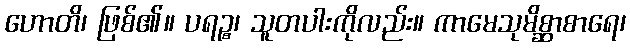
ဟောတိ၊ ဖြစ်၏။ ပရဉ္စ၊ သူတပါးကိုလည်း။ ကာမေသုမိစ္ဆာစာရေ၊